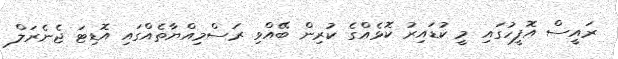
ރައީސް އޮފީހުގައި މީ ކުޑައިރު ކޮޅެއްގެ ކުރިން ބޭއްވި ރަސްމިއްޔާތެއްގައި އޮޑިޓަ ޖެނެރަލް